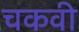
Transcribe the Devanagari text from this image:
चकवी